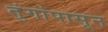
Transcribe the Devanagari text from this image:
तुंगांपासून